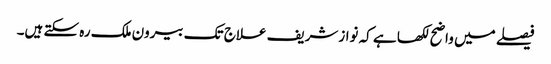
فیصلے میں واضح لکھا ہے کہ نوازشریف علاج تک بیرون ملک رہ سکتے ہیں۔